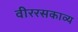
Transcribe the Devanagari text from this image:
वीररसकाव्य